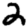
Digit: 2